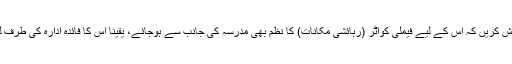
نیز کوشش کریں کہ اس کے لیے فیملی کواٹر (رہائشی مکانات) کا نظم بھی مدرسہ کی جانب سے ہوجائے، یقینا اس کا فائدہ ادارہ کی طرف لوٹے گا۔